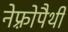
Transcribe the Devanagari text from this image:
नेफ़्रोपैथी